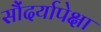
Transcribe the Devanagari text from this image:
सौंदर्यापेक्षा